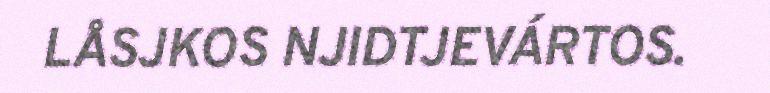
LÅSJKOS NJIDTJEVÁRTOS.